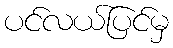
ပင်လယ်ပြင်မှ